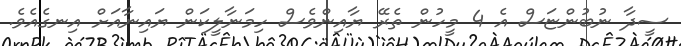
ސީދާ ނުބުންޏަސް އެ 4 މީހުން ތެރޭ ޔާއިންވެސް ހިމަނާލީކަން ޔައިނާއަށް އިނގެއެވެ.